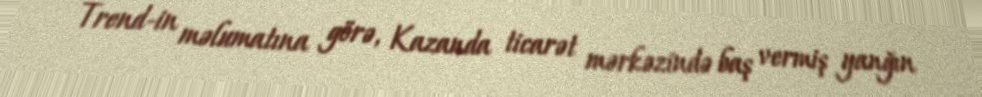
Trend-in məlumatına görə, Kazanda ticarət mərkəzində baş vermiş yanğın